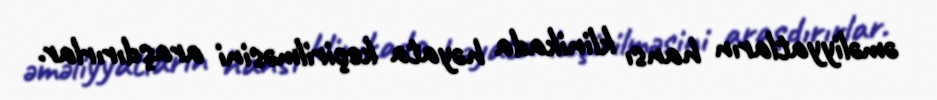
əməliyyatların hansı klinikada həyata keçirilməsini araşdırırlar.